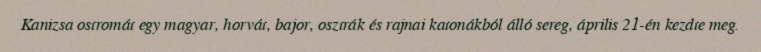
Kanizsa ostromát egy magyar, horvát, bajor, osztrák és rajnai katonákból álló sereg, április 21-én kezdte meg.